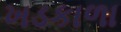
ખડકાળા